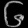
Digit: ၆